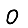
Digit: 0